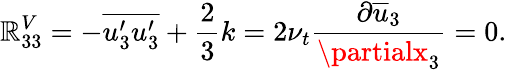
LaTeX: \mathbb{R}_{33}^{V}=-\overline{{{u_{3}^{\prime}u_{3}^{\prime}}}}+\frac{{2}}{{3}}k=2\nu_{t}\frac{{\partial\overline{{{u}}}_{3}}}{{\partialx_{3}}}=0.